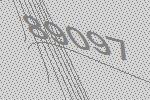
89097